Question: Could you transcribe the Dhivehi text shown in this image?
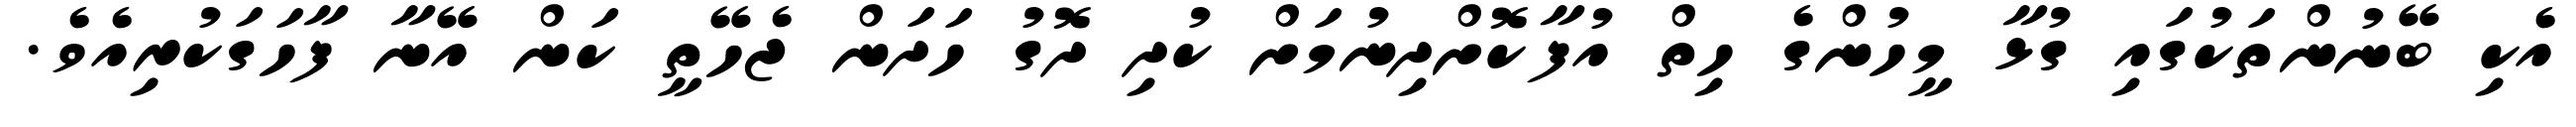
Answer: އެކި ބޭނުންތަކުގައި ގުޅާ މީހުންގެ ހިތް އުފާކޮށްދިނުމަށް ކުދި ދޮގު ހަދަން ޖެހޭތީ ކަން އޭނާ ފާހަގަކުރިއެވެ.